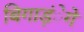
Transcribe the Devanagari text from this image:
बिगाड़ंेगे